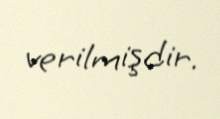
verilmişdir.